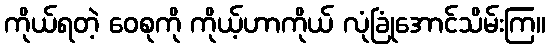
ကိုယ်ရတဲ့ ဝေစုကို ကိုယ့်ဟာကိုယ် လုံခြုံအောင်သိမ်းကြ။